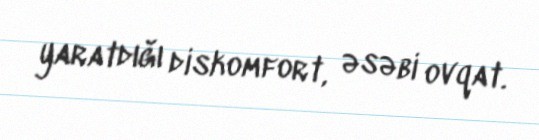
yaratdığı diskomfort, əsəbi ovqat.